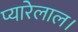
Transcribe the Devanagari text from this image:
प्यारेलाल।